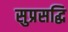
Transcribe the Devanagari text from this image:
सुप्रसद्धि